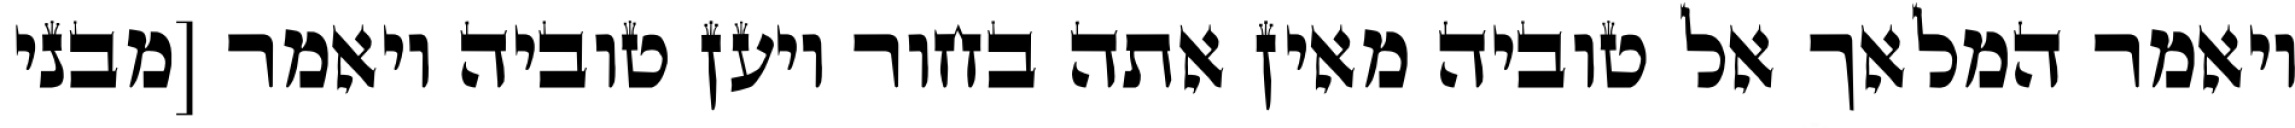
ויאמר המלאך אל טוביה מאין אתה בחור ויען טוביה ויאמר [מבני